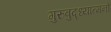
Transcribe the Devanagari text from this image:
गुरुबुद्ध्यात्मनो